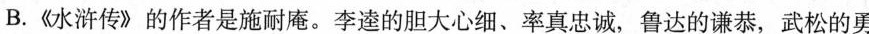
B.《水浒传》的作者是施耐庵。李逵的胆大心细、率真忠诚，鲁达的谦恭，武松的勇